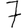
Digit: 7